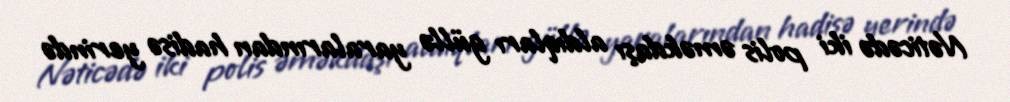
Nəticədə iki polis əməkdaşı aldıqları güllə yaralarından hadisə yerində